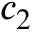
c _ { 2 }